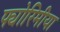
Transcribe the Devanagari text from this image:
फ्योरिमीया